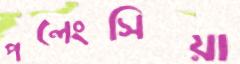
পলেংসিয়া